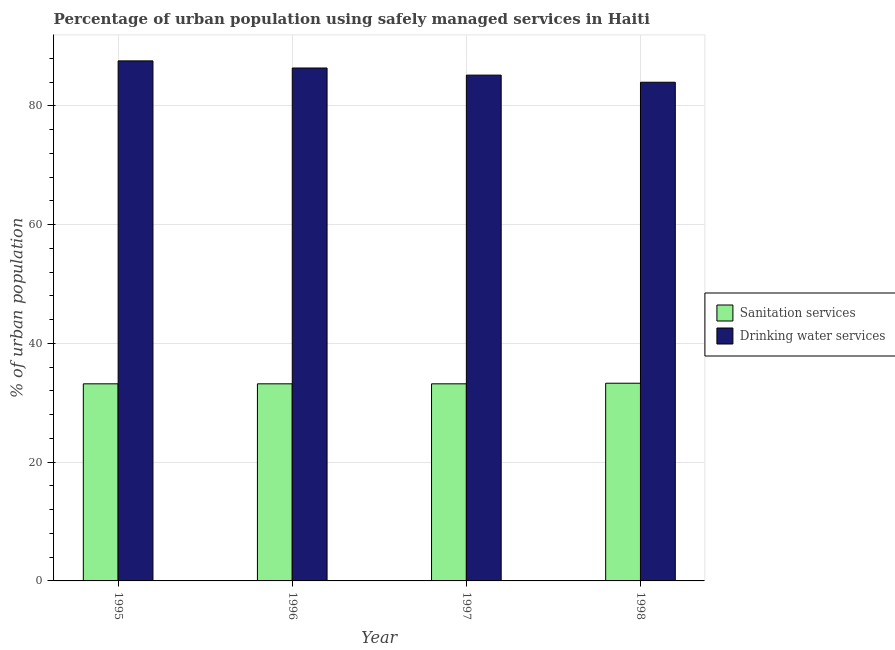
| Year | Sanitation services | Drinking water services |
 | --- | --- | --- |
 | 1995 | 33.2 | 87.6 |
 | 1996 | 33.2 | 86.4 |
 | 1997 | 33.2 | 85.2 |
 | 1998 | 33.3 | 84 |